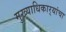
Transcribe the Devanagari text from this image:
मुख्याधिकार्‍यांचा